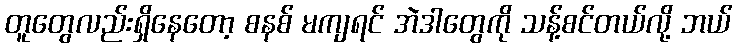
တူတွေလည်းရှိနေတော့ စနစ် မကျရင် အဲဒါတွေကို သန့်စင်တယ်လို့ ဘယ်